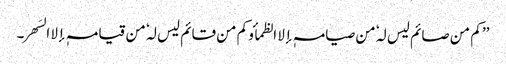
’’ کم من صائم لیس لہٗ من صیامہٖ إلا الظمأ و کم من قائم لیس لہٗ من قیامہٖ إلا السَھر۔